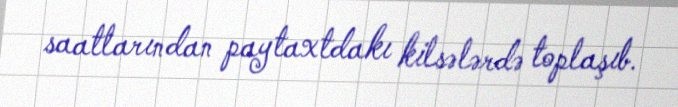
saatlarından paytaxtdakı kilsələrdə toplaşıb.